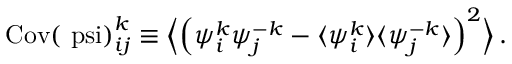
\begin{array} { r } { \mathrm { C o v ( \ p s i ) } _ { i j } ^ { k } \equiv \Big \langle \Big ( { \psi } _ { i } ^ { k } { \psi } _ { j } ^ { - k } - \langle { \psi } _ { i } ^ { k } \rangle \langle { \psi } _ { j } ^ { - k } \rangle \Big ) ^ { 2 } \Big \rangle \, . } \end{array}